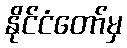
နိုင်ငံတော်မှ